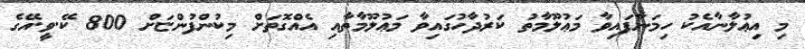
މި އިޢުލާނާއެކު ހިމަނާފައިވާ މަޢުލޫމާތު ކަރުދާހުގައިވާ މަޢުލޫމާތާއި އެއްގޮތަށް މިކުންފުންޏަށް 800 ކޭ.ވީ.އޭގެ